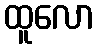
ထူလော